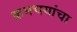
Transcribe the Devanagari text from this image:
क्रमचयांचा